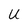
Character: U